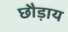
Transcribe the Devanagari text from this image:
छौड़ाय